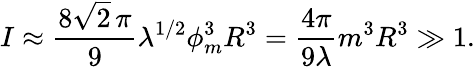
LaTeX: I\approx{\frac{8\sqrt{2}\, \pi}{9}}\lambda^{1/2}\phi_{m}^{3}R^{3}={\frac{4\pi}{9\lambda}}m^{3}R^{3}\gg 1.